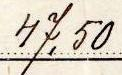
47,50